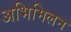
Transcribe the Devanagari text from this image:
अभिमिलन